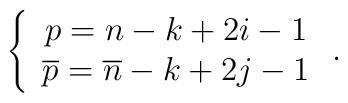
\left\{ \begin{array}{c}p=n-k+2i-1 \\ \overline{p}=\overline{n}-k+2j-1\end{array}\right. .